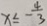
x \leq - \frac { 4 } { 3 }